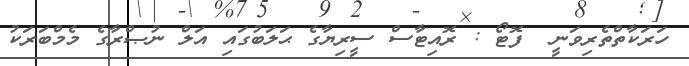
ހަރަކާތްތެރިވަނީ  ފޮޓޯ : ރޮއިޓާސް ސީރިޔާގެ ޙަލަބުގައި އަލް ނުޞްރާގެ މެމްބަރަކު